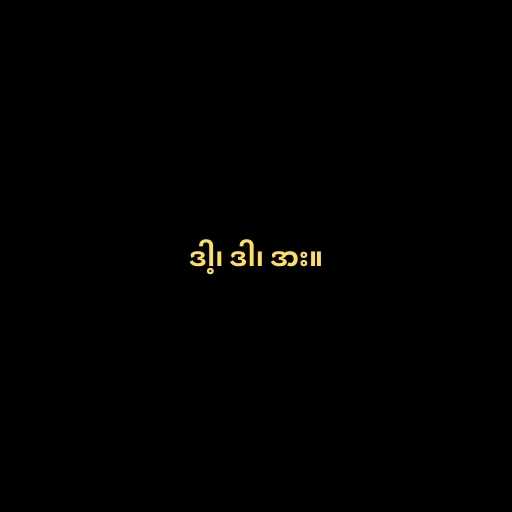
ဒါ့၊ ဒါ၊ ဒား။